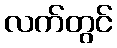
လက်တွင်